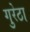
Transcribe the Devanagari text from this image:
गुरेठा